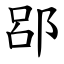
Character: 郘